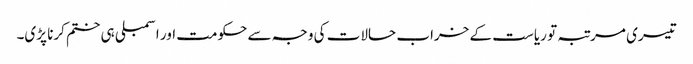
تیسری مرتبہ تو ریاست کے خراب حالات کی وجہ سے حکومت اور اسمبلی ہی ختم کرنا پڑی۔